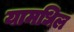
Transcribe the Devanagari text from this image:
यामधिल